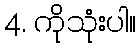
4. ကိုသုံးပါ။